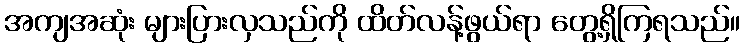
အကျအဆုံး များပြားလှသည်ကို ထိတ်လန့်ဖွယ်ရာ တွေ့ရှိကြရသည်။